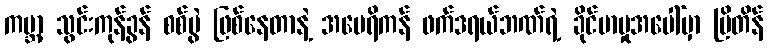
ကမ္ဘာ့ သွင်းကုန်ခွန် စစ်ပွဲ ဖြစ်နေတာနဲ့ အမေရိကန် ဖက်ဒရယ်ဘဏ်ရဲ့ ခိုင်မာမှုအပေါ်မှာ ဗြိတိန်